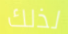
لذلك